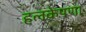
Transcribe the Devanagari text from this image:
हलकेपणा